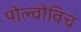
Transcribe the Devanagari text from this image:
पोल्वोविच